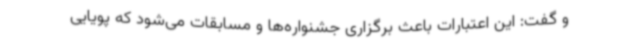
و گفت: این اعتبارات باعث برگزاری جشنواره‌ها و مسابقات می‌شود که پویایی